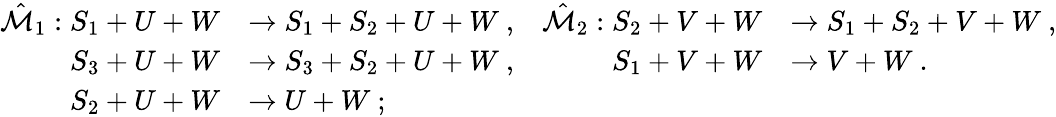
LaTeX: \begin{array}{rlrl}{\hat{\mathcal{M}}_{1}:S_{1}+U+W}&{\to S_{1}+S_{2}+U+W\ ,}&{\hat{\mathcal{M}}_{2}:S_{2}+V+W}&{\to S_{1}+S_{2}+V+W\ ,}\\ {S_{3}+U+W}&{\to S_{3}+S_{2}+U+W\ ,}&{S_{1}+V+W}&{\to V+W\ .}\\ {S_{2}+U+W}&{\to U+W\ ;}\end{array}